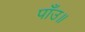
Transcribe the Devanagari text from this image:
पाँउ॥